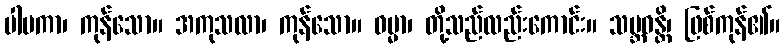
ပါပကာ၊ ကုန်သော။ အကုသလာ၊ ကုန်သော။ ဓမ္မာ၊ တို့သည်လည်းကောင်း။ သမ္ဘဝန္တိ၊ ဖြစ်ကုန်၏။